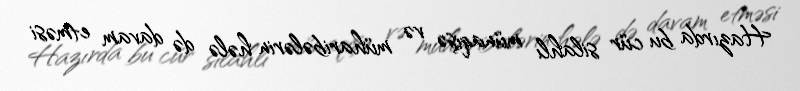
Hazırda bu cür silahlı münaqişə və müharibələrin hələ də davam etməsi